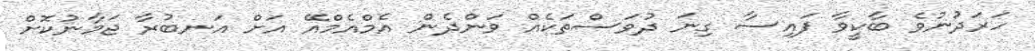
ހަރަދުނުވެ ބާކީވާ ފައިސާ ގިނަ ދުވަސްތަކެއް ވަންދެން އެމްއެމްއޭ އަށް އަނބުރާ ޖަމާނުކޮށް